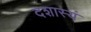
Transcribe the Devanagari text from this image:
दशास्यं